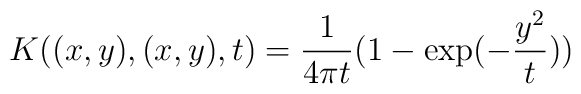
K((x,y),(x,y),t) = {1\over{4\pi t}}(1-\exp(-{{y^2}\over t }))